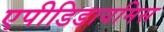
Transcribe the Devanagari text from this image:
एपीडिडायमिस